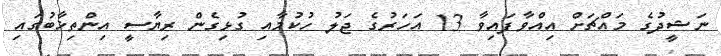
ނަޝީދުގެ މައްޗަށް އިއްވާފައިވާ 13 އަހަރުގެ ޖަލު ހުކުމާއި ގުޅިގެން ރިޔާސީ އިންތިޚާބުގައި